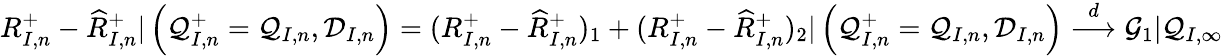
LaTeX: \begin{array}{r}{R_{I,n}^{+}-\widehat{R}_{I,n}^{+}|\left(\mathcal{Q}_{I,n}^{+}=\mathcal{Q}_{I,n},\mathcal{D}_{I,n}\right)=(R_{I,n}^{+}-\widehat R_{I,n}^{+})_{1}+(R_{I,n}^{+}-\widehat R_{I,n}^{+})_{2}|\left(\mathcal{Q}_{I,n}^{+}=\mathcal{Q}_{I,n},\mathcal{D}_{I,n}\right)\overset{d}{\longrightarrow}\mathcal{G}_{1}|\mathcal{Q}_{I,\infty}}\end{array}